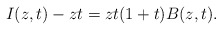
\begin{align*}I(z, t) - zt = zt(1 + t) B(z, t).\end{align*}